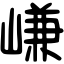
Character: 嵰